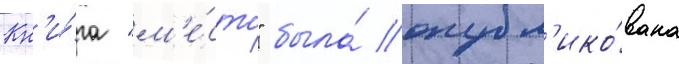
Кн'и́га "м'е́сто" была́ опубл'ико́вана